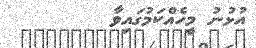
އުޅުނު މީހެއްކަމުގައިވާ